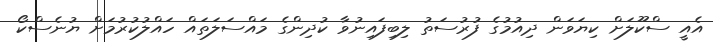
އެއީ ސްކޫލަށް ކިޔަވަން ދިއުމުގެ ފުރުސަތު ލިބިފައިނުވާ ކުދިންގެ މައްސަލަތައް ހައްލުކުރުމަށް ޔުނެސްކޯ